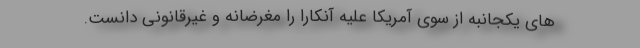
های یکجانبه از سوی آمریکا علیه آنکارا را مغرضانه و غیرقانونی دانست.